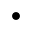
\bullet